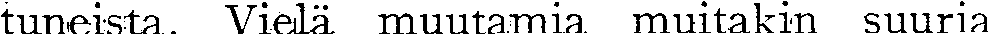
tuneista. Vielä muutamia muitakin suuria